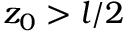
z _ { 0 } > l / 2